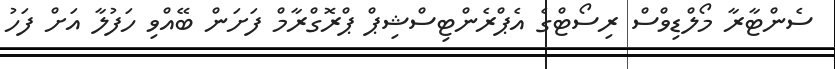
ސެންޓާރާ މޯލްޑިވްސް ރިސޯޓްގެ އެޕްރެންޓިސްޝިޕް ޕްރޮގްރާމް ފަށަން ބޭއްވި ހަފުލާ އަށް ފަހު